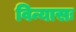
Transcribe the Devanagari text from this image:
विन्यासः